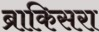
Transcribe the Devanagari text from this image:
ब्राकिसरा